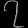
Digit: ၇